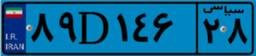
۸۹D۱۴۶۲۸